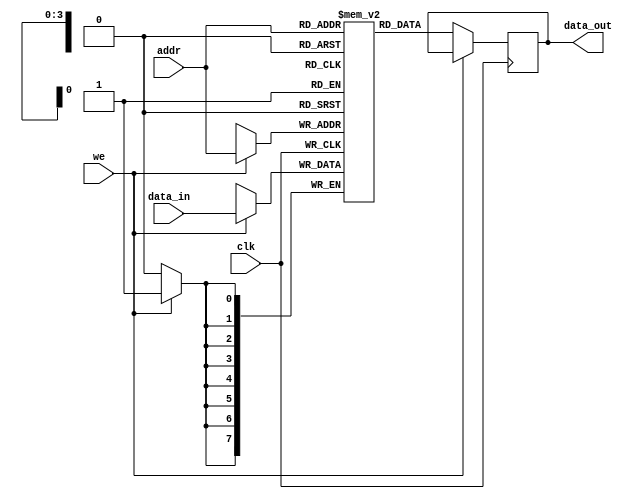
module single_port_ram #(
    parameter DATA_WIDTH = 8,  // Width of data in bits
    parameter ADDR_WIDTH = 4   // Number of address bits
) (
    input  wire clk,            // Clock signal
    input  wire we,             // Write enable signal
    input  wire [ADDR_WIDTH-1:0] addr,  // Address input
    input  wire [DATA_WIDTH-1:0] data_in, // Data input
    output reg  [DATA_WIDTH-1:0] data_out  // Data output
);

    // Memory array declaration
    reg [DATA_WIDTH-1:0] ram [(2**ADDR_WIDTH)-1:0];

    // Read and Write operations
    always @(posedge clk) begin
        if (we) begin
            // Write operation
            ram[addr] <= data_in;
        end else begin
            // Read operation
            data_out <= ram[addr];
        end
    end

endmodule